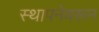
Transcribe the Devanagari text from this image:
स्थापनेवरून